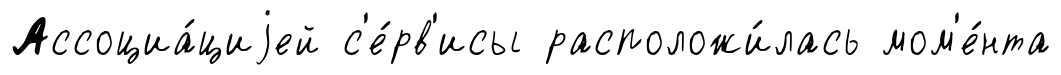
Ассоциа́циjей с'е́рв'исы расположи́лась мом'е́нта